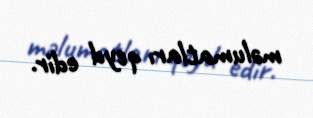
məlumatları qeyd edir.